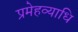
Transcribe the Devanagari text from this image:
प्रमेहव्याधि